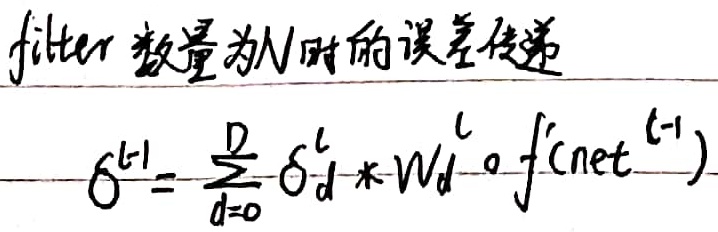
filter数量为$N$时的误差传递
\[\delta^{l - 1}=\sum_{d = 0}^{D}\delta_{d}^{l}*W_{d}^{l}\circ f'(\text{net}^{l - 1})\]